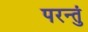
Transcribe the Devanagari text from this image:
परन्तुं